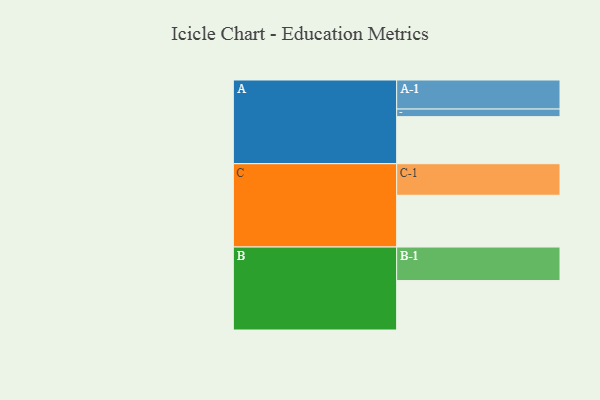
{"axis": {"x": "Segment", "y": "Value"}, "legend": ["", "A", "B", "C"], "data": [{"x": "A", "y": 379, "type": ""}, {"x": "B", "y": 398, "type": ""}, {"x": "C", "y": 417, "type": ""}, {"x": "A-1", "y": 234, "type": "A"}, {"x": "A-2", "y": 61, "type": "A"}, {"x": "B-1", "y": 270, "type": "B"}, {"x": "C-1", "y": 254, "type": "C"}]}